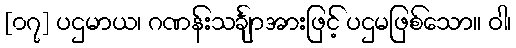
[၀၇] ပဌမာယ၊ ဂဏန်းသင်္ချာအားဖြင့် ပဌမဖြစ်သော။ ဝါ၊